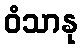
ဝံသာနု